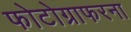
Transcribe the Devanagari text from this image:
फोटोग्राफरना